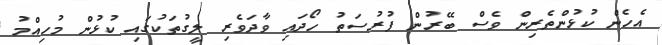
އެހެން ކުޅުންތެރިން ވެސް ބޭރުން ފުރުސަތު ހޯދައި ވާދަވެރި ލީގުތަކުގައި ކުޅުން މުހިއްމު